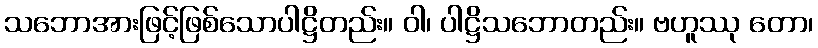
သဘောအားဖြင့်ဖြစ်သောပါဋ္ဌိတည်း။ ဝါ၊ ပါဋ္ဌိသဘောတည်း။ ဗဟူဿု တော၊